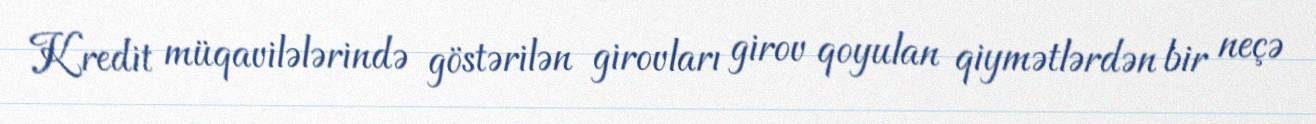
Kredit müqavilələrində göstərilən girovları girov qoyulan qiymətlərdən bir neçə